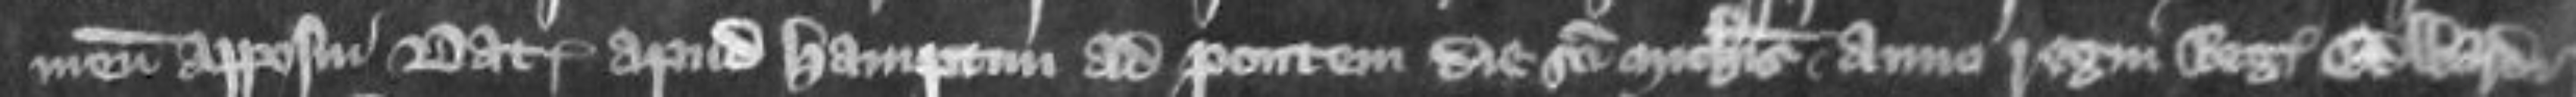
meum apposui Data apud Hamptun ad pontem die Sancti Michaelis anno regni regis Edwardii